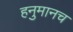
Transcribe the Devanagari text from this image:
हनुमानच